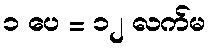
၁ ပေ = ၁၂ လက်မ